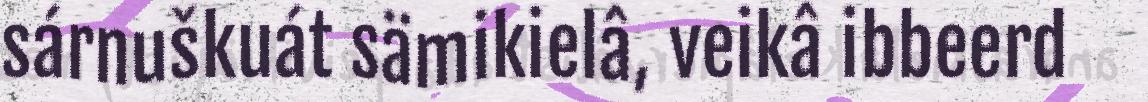
sárnuškuát sämikielâ, veikâ ibbeerd